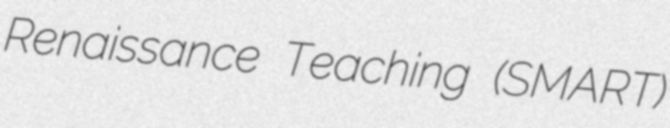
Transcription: Renaissance Teaching (SMART)